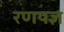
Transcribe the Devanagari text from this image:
रणयज्ञ